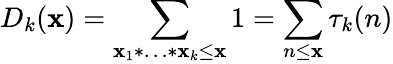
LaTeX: D_{k}(\mathbf{x})=\sum_{\mathbf{x}_{1}*\ldots*\mathbf{x}_{k}\leq\mathbf{x}}1=\sum_{n\leq\mathbf{x}}\tau_{k}(n)